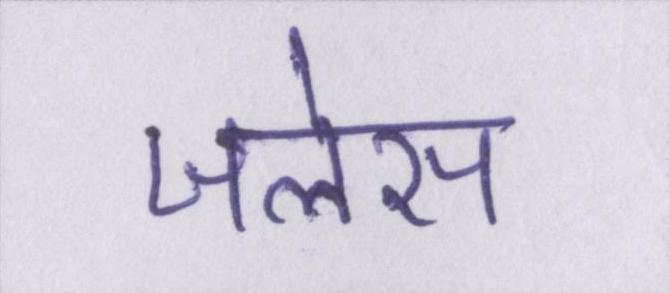
जलेस